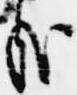
哉